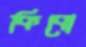
কিবো